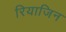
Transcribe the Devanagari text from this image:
रियाजिन